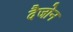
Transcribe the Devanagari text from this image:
दैजोन